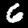
Digit: 6